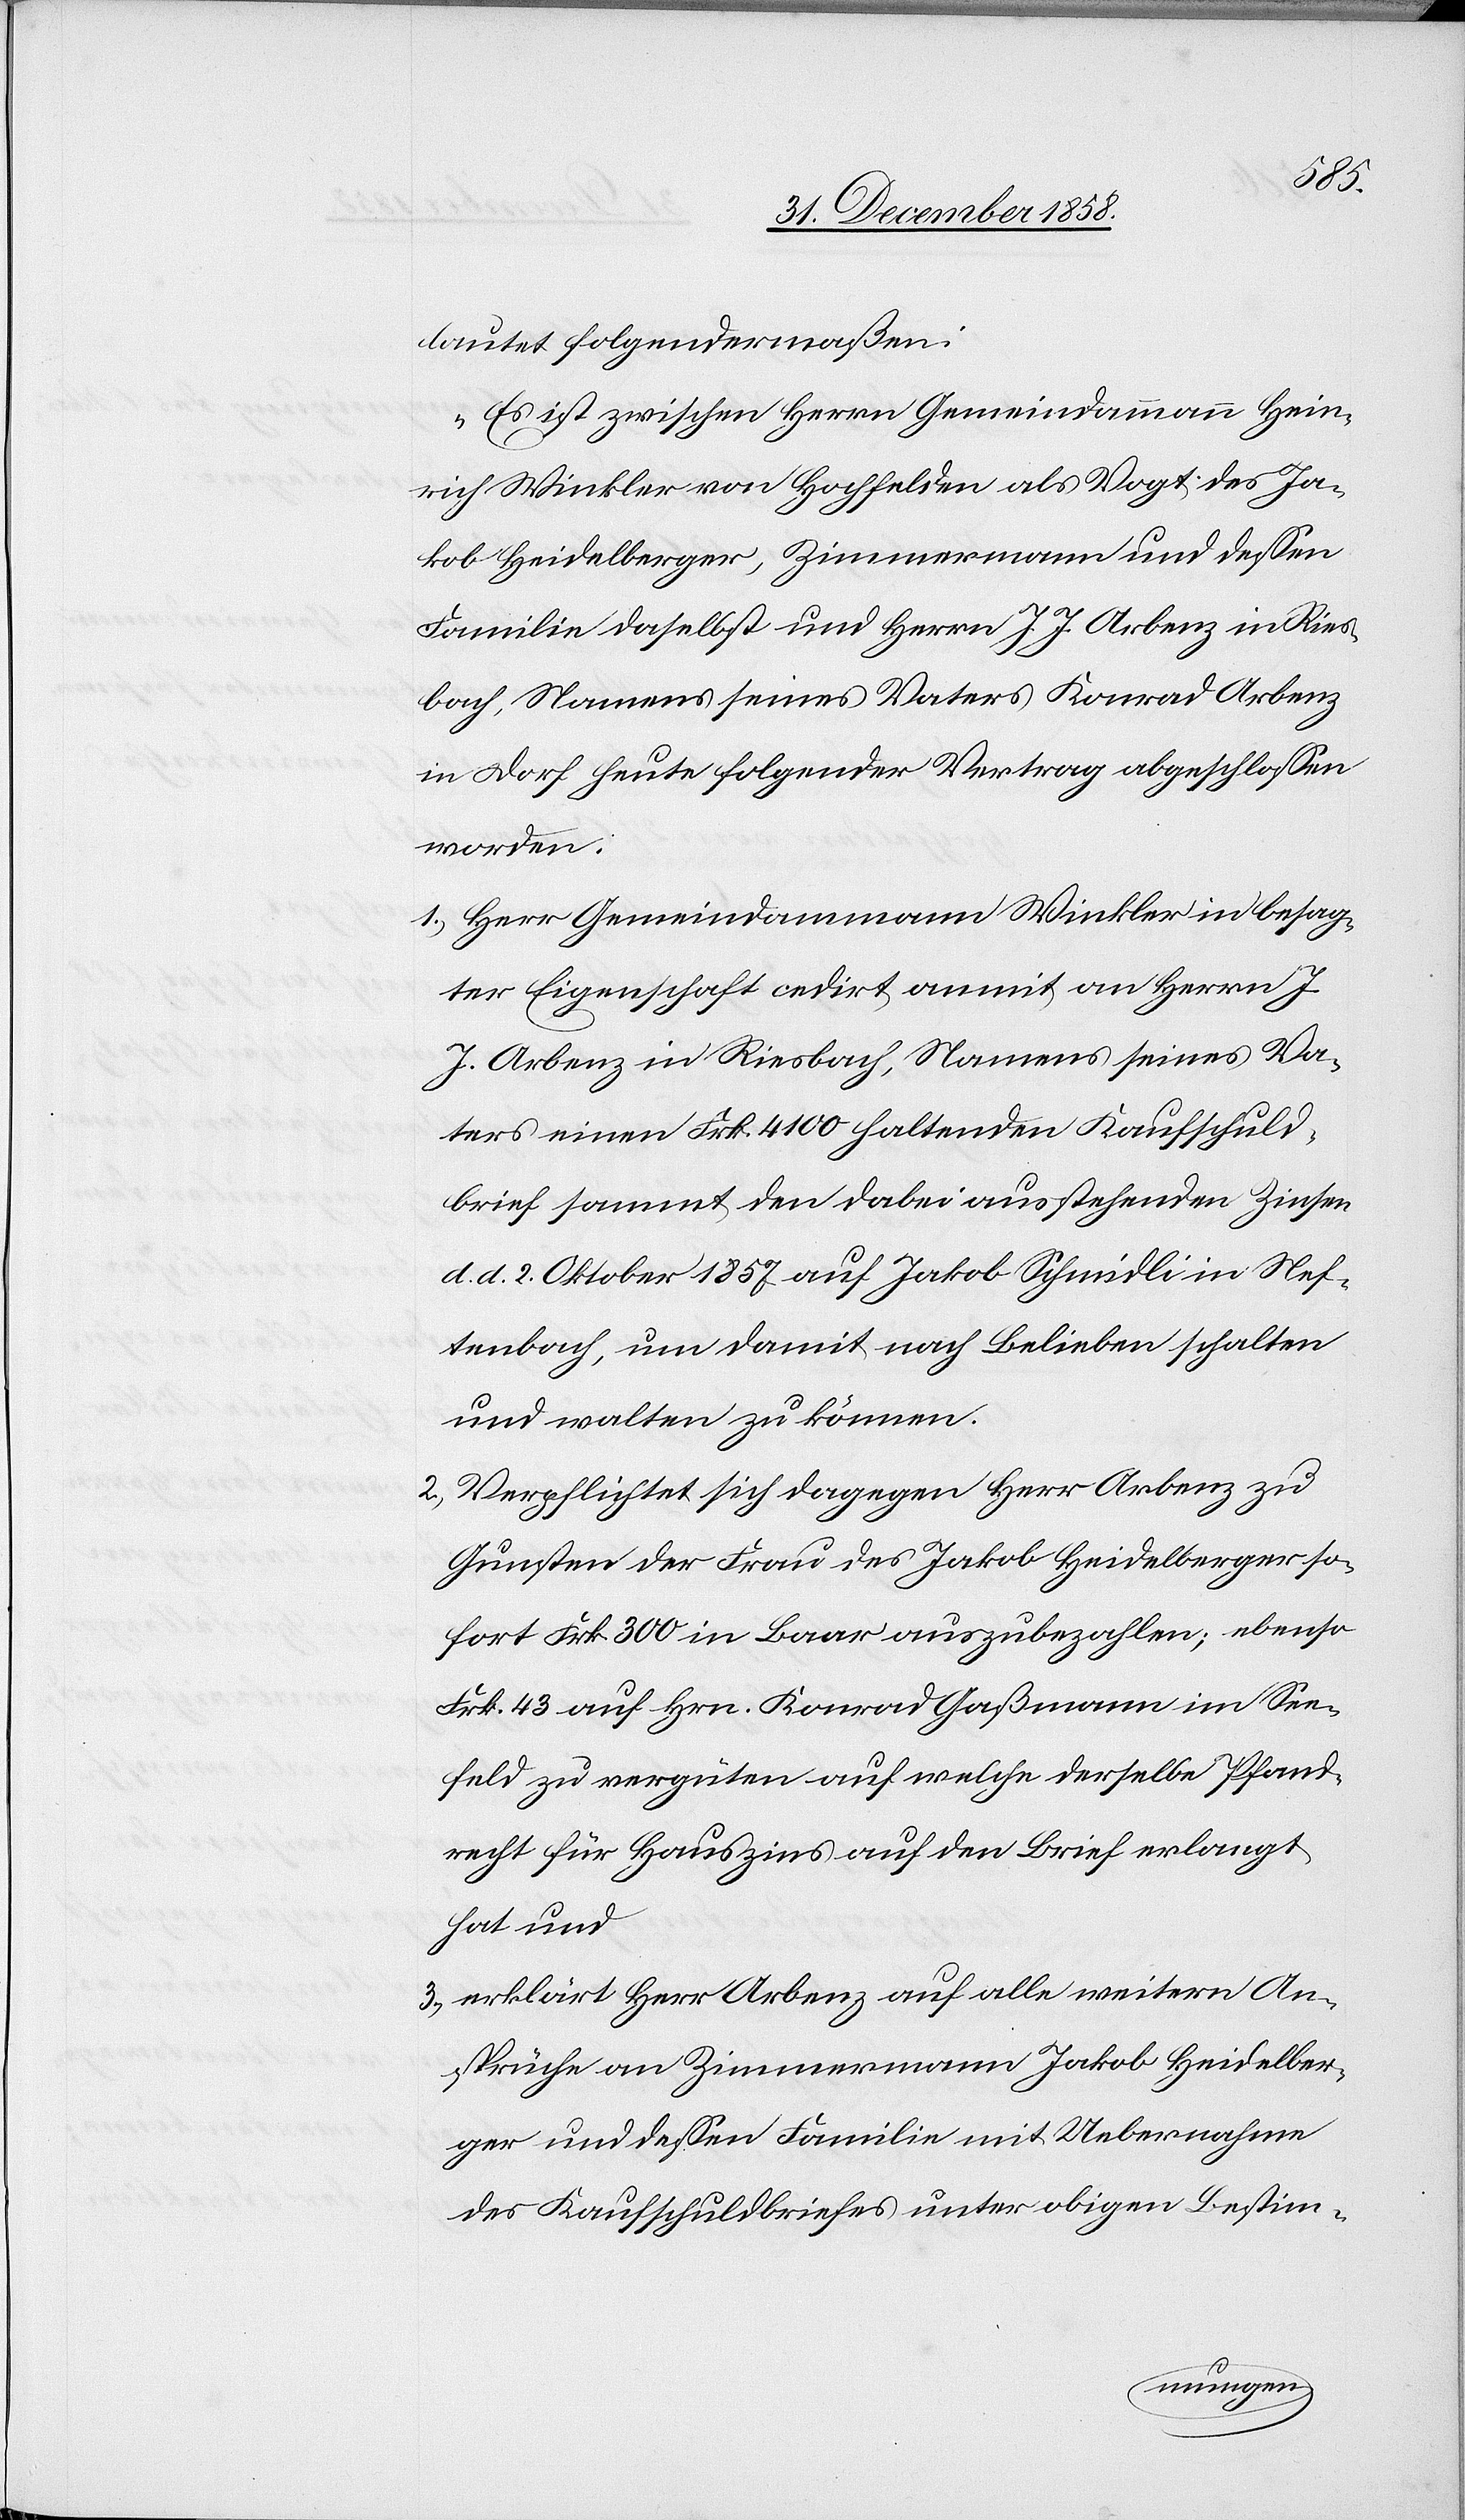
Paris
nnung eines